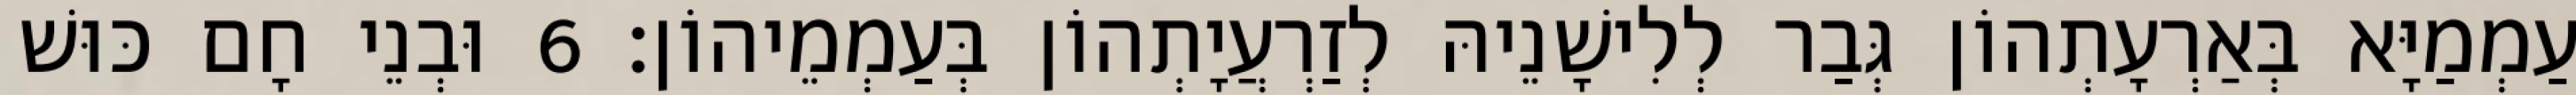
עַמְמַיָּא בְּאַרְעָתְהוֹן גְּבַר לְלִישָׁנֵיהּ לְזַרְעֲיָתְהוֹן בְּעַמְמֵיהוֹן׃ 6 וּבְנֵי חָם כּוּשׁ